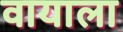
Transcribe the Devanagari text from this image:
वायाला